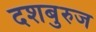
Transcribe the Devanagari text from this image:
दशबुरुज